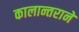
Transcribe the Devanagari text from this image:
कालान्तराने